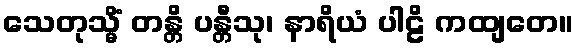
သေတုသ္မိံ တန္တိ ပန္တီသု၊ နာရိယံ ပါဠိ ကထျတေ။